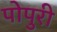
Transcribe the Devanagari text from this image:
पोपुरी